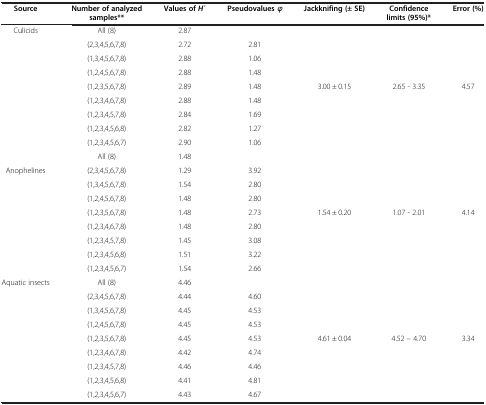
<table><thead><tr><td><b>Source</b></td><td><b>Number of analyzed samples**</b></td><td><b>Values of <i>H</i> ́</b></td><td><b>Pseudovalues <i>φ</i></b></td><td><b>Jackknifing (± SE)</b></td><td><b>Confidence limits (95%)*</b></td><td><b>Error (%)</b></td></tr></thead><tbody><tr><td>Culicids</td><td>All (8)</td><td>2.87</td><td> </td><td> </td><td> </td><td> </td></tr><tr><td> </td><td>(2,3,4,5,6,7,8)</td><td>2.72</td><td>2.81</td><td> </td><td> </td><td> </td></tr><tr><td> </td><td>(1,3,4,5,6,7,8)</td><td>2.88</td><td>1.06</td><td> </td><td> </td><td> </td></tr><tr><td> </td><td>(1,2,4,5,6,7,8)</td><td>2.88</td><td>1.48</td><td> </td><td> </td><td> </td></tr><tr><td> </td><td>(1,2,3,5,6,7,8)</td><td>2.89</td><td>1.48</td><td>3.00 ± 0.15</td><td>2.65 - 3.35</td><td>4.57</td></tr><tr><td> </td><td>(1,2,3,4,6,7,8)</td><td>2.88</td><td>1.48</td><td> </td><td> </td><td> </td></tr><tr><td> </td><td>(1,2,3,4,5,7,8)</td><td>2.84</td><td>1.69</td><td> </td><td> </td><td> </td></tr><tr><td> </td><td>(1,2,3,4,5,6,8)</td><td>2.82</td><td>1.27</td><td> </td><td> </td><td> </td></tr><tr><td> </td><td>(1,2,3,4,5,6,7)</td><td>2.90</td><td>1.06</td><td> </td><td> </td><td> </td></tr><tr><td> </td><td>All (8)</td><td>1.48</td><td> </td><td> </td><td> </td><td> </td></tr><tr><td>Anophelines</td><td>(2,3,4,5,6,7,8)</td><td>1.29</td><td>3.92</td><td> </td><td> </td><td> </td></tr><tr><td> </td><td>(1,3,4,5,6,7,8)</td><td>1.54</td><td>2.80</td><td> </td><td> </td><td> </td></tr><tr><td> </td><td>(1,2,4,5,6,7,8)</td><td>1.48</td><td>2.80</td><td> </td><td> </td><td> </td></tr><tr><td> </td><td>(1,2,3,5,6,7,8)</td><td>1.48</td><td>2.73</td><td>1.54 ± 0.20</td><td>1.07 - 2.01</td><td>4.14</td></tr><tr><td> </td><td>(1,2,3,4,6,7,8)</td><td>1.48</td><td>2.80</td><td> </td><td> </td><td> </td></tr><tr><td> </td><td>(1,2,3,4,5,7,8)</td><td>1.45</td><td>3.08</td><td> </td><td> </td><td> </td></tr><tr><td> </td><td>(1,2,3,4,5,6,8)</td><td>1.51</td><td>3.22</td><td> </td><td> </td><td> </td></tr><tr><td> </td><td>(1,2,3,4,5,6,7)</td><td>1.54</td><td>2.66</td><td> </td><td> </td><td> </td></tr><tr><td>Aquatic insects</td><td>All (8)</td><td>4.46</td><td> </td><td> </td><td> </td><td> </td></tr><tr><td> </td><td>(2,3,4,5,6,7,8)</td><td>4.44</td><td>4.60</td><td> </td><td> </td><td> </td></tr><tr><td> </td><td>(1,3,4,5,6,7,8)</td><td>4.45</td><td>4.53</td><td> </td><td> </td><td> </td></tr><tr><td> </td><td>(1,2,4,5,6,7,8)</td><td>4.45</td><td>4.53</td><td> </td><td> </td><td> </td></tr><tr><td> </td><td>(1,2,3,5,6,7,8)</td><td>4.45</td><td>4.53</td><td>4.61 ± 0.04</td><td>4.52 – 4.70</td><td>3.34</td></tr><tr><td> </td><td>(1,2,3,4,6,7,8)</td><td>4.42</td><td>4.74</td><td> </td><td> </td><td> </td></tr><tr><td> </td><td>(1,2,3,4,5,7,8)</td><td>4.46</td><td>4.46</td><td> </td><td> </td><td> </td></tr><tr><td> </td><td>(1,2,3,4,5,6,8)</td><td>4.41</td><td>4.81</td><td> </td><td> </td><td> </td></tr><tr><td> </td><td>(1,2,3,4,5,6,7)</td><td>4.43</td><td>4.67</td><td> </td><td> </td><td> </td></tr></tbody></table>